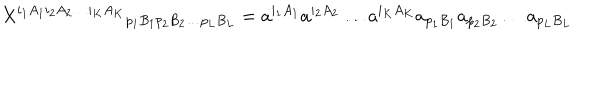
LaTeX: { X ^ { i _ { 1 } A _ { 1 } i _ { 2 } A _ { 2 } \ldots i _ { K } A _ { K } } } _ { p _ { 1 } B _ { 1 } p _ { 2 } B _ { 2 } \ldots p _ { L } B _ { L } } = a ^ { i _ { 1 } A _ { 1 } } a ^ { i _ { 2 } A _ { 2 } } \ldots a ^ { i _ { K } A _ { K } } a _ { p _ { 1 } B _ { 1 } } a _ { p _ { 2 } B _ { 2 } } \ldots a _ { p _ { L } B _ { L } }